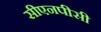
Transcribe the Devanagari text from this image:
सीएनपीसी